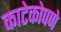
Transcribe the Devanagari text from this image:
काटेकोपणे